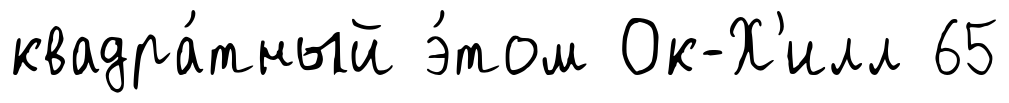
квадра́тный э́том Ок-Х'илл 65